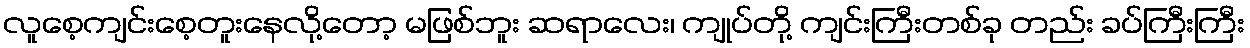
လူစေ့ကျင်းစေ့တူးနေလို့တော့ မဖြစ်ဘူး ဆရာလေး၊ ကျုပ်တို့ ကျင်းကြီးတစ်ခု တည်း ခပ်ကြီးကြီး